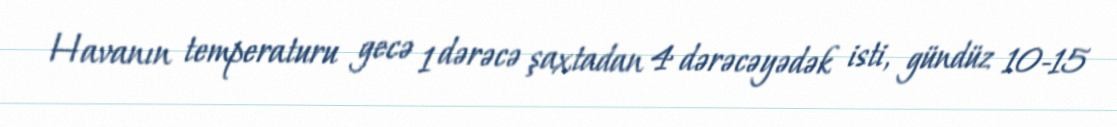
Havanın temperaturu gecə 1 dərəcə şaxtadan 4 dərəcəyədək isti, gündüz 10-15